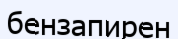
бензапирен